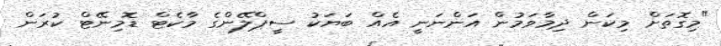
"މިގޮތަށް މިކަން ދިމާވަމުން އަންނަނީ އެއް ބަޔަކު ސީޕްލޭންގެ މާކެޓް ޑޮމިނޭޓް ކުރަން